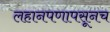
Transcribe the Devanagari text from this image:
लहानपणापसूनच